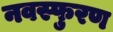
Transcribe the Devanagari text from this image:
नवस्फुरण